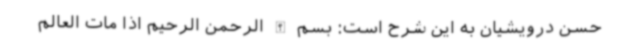
حسن درویشیان به این شرح است: بسم الله الرحمن الرحیم اذا مات العالم